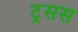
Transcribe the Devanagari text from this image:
ट्रसस